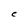
Character: C